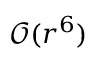
\mathcal { O } ( r ^ { 6 } )